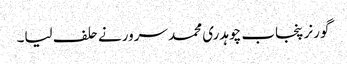
گورنر پنجاب چوہدری محمد سرورنے حلف لیا۔